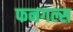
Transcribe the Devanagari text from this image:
फनगल्स